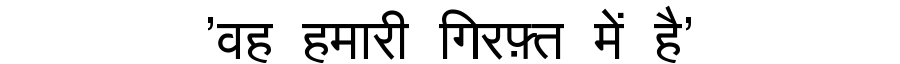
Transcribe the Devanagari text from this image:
'वह हमारी गिरफ़्त में है'